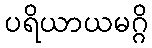
ပရိယာယမဂ္ဂိ